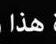
هذا